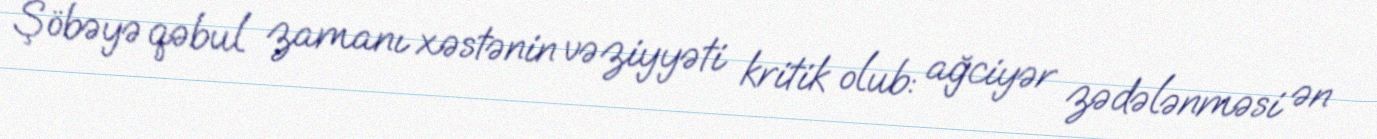
Şöbəyə qəbul zamanı xəstənin vəziyyəti kritik olub: ağciyər zədələnməsi ən